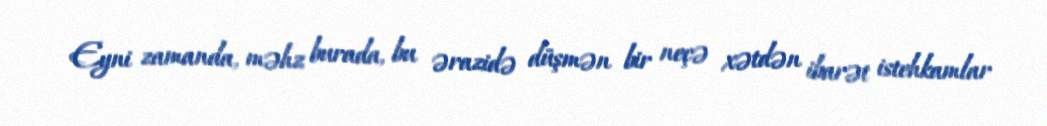
Eyni zamanda, məhz burada, bu ərazidə düşmən bir neçə xətdən ibarət istehkamlar